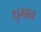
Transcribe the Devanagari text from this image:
धुमाव